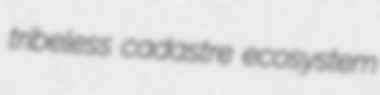
tribeless cadastre ecosystem